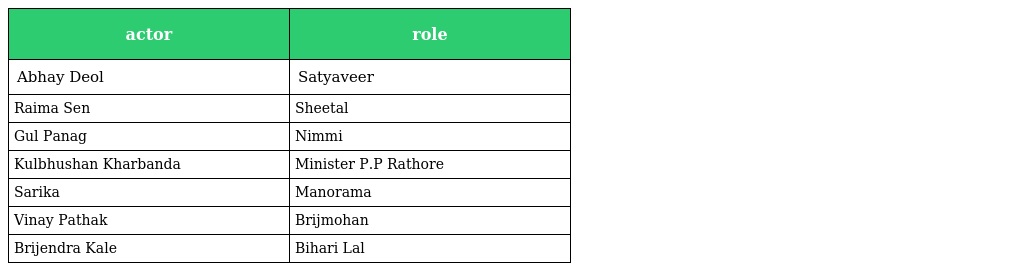
| actor | role |
 | --- | --- |
 | Abhay Deol | Satyaveer |
 | Raima Sen | Sheetal |
 | Gul Panag | Nimmi |
 | Kulbhushan Kharbanda | Minister P.P Rathore |
 | Sarika | Manorama |
 | Vinay Pathak | Brijmohan |
 | Brijendra Kale | Bihari Lal |